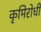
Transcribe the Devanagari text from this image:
कृमिरोधी